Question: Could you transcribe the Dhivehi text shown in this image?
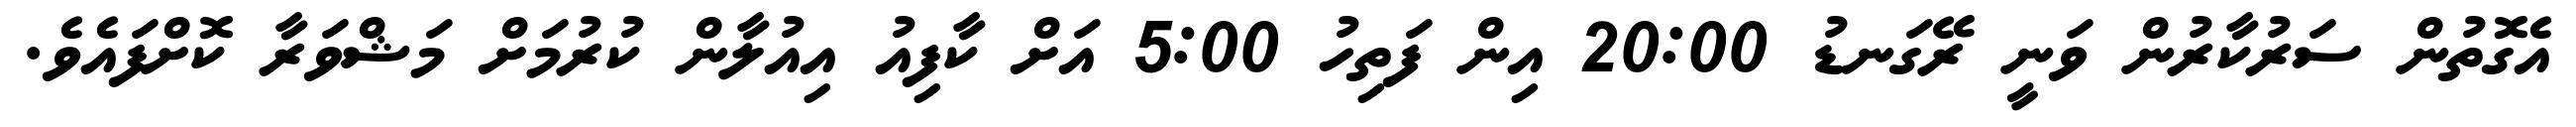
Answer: އެގޮތުން ސަރުކާރުން ވަނީ ރޭގަނޑު 20:00 އިން ފަތިހު 5:00 އަށް ކާފިއު އިއުލާން ކުރުމަށް މަޝްވަރާ ކޮށްފައެވެ.